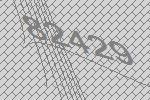
82429